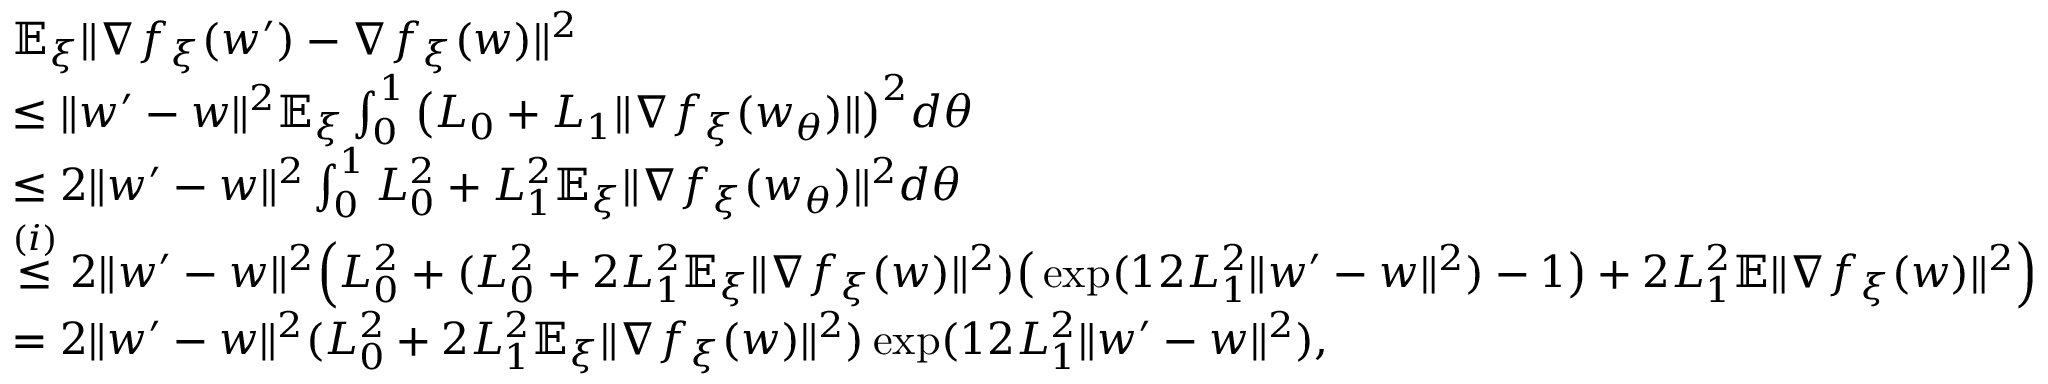
\begin{array} { r l } & { \mathbb { E } _ { \xi } \| \nabla f _ { \xi } ( w ^ { \prime } ) - \nabla f _ { \xi } ( w ) \| ^ { 2 } } \\ & { \le \| w ^ { \prime } - w \| ^ { 2 } \mathbb { E } _ { \xi } \int _ { 0 } ^ { 1 } \big ( L _ { 0 } + L _ { 1 } \| \nabla f _ { \xi } ( w _ { \theta } ) \| \big ) ^ { 2 } d \theta } \\ & { \le 2 \| w ^ { \prime } - w \| ^ { 2 } \int _ { 0 } ^ { 1 } L _ { 0 } ^ { 2 } + L _ { 1 } ^ { 2 } \mathbb { E } _ { \xi } \| \nabla f _ { \xi } ( w _ { \theta } ) \| ^ { 2 } d \theta } \\ & { \overset { ( i ) } { \le } 2 \| w ^ { \prime } - w \| ^ { 2 } \Big ( L _ { 0 } ^ { 2 } + ( L _ { 0 } ^ { 2 } + 2 L _ { 1 } ^ { 2 } \mathbb { E } _ { \xi } \| \nabla f _ { \xi } ( w ) \| ^ { 2 } ) \big ( \exp ( 1 2 L _ { 1 } ^ { 2 } \| w ^ { \prime } - w \| ^ { 2 } ) - 1 \big ) + 2 L _ { 1 } ^ { 2 } \mathbb { E } \| \nabla f _ { \xi } ( w ) \| ^ { 2 } \Big ) } \\ & { = 2 \| w ^ { \prime } - w \| ^ { 2 } ( L _ { 0 } ^ { 2 } + 2 L _ { 1 } ^ { 2 } \mathbb { E } _ { \xi } \| \nabla f _ { \xi } ( w ) \| ^ { 2 } ) \exp ( 1 2 L _ { 1 } ^ { 2 } \| w ^ { \prime } - w \| ^ { 2 } ) , } \end{array}